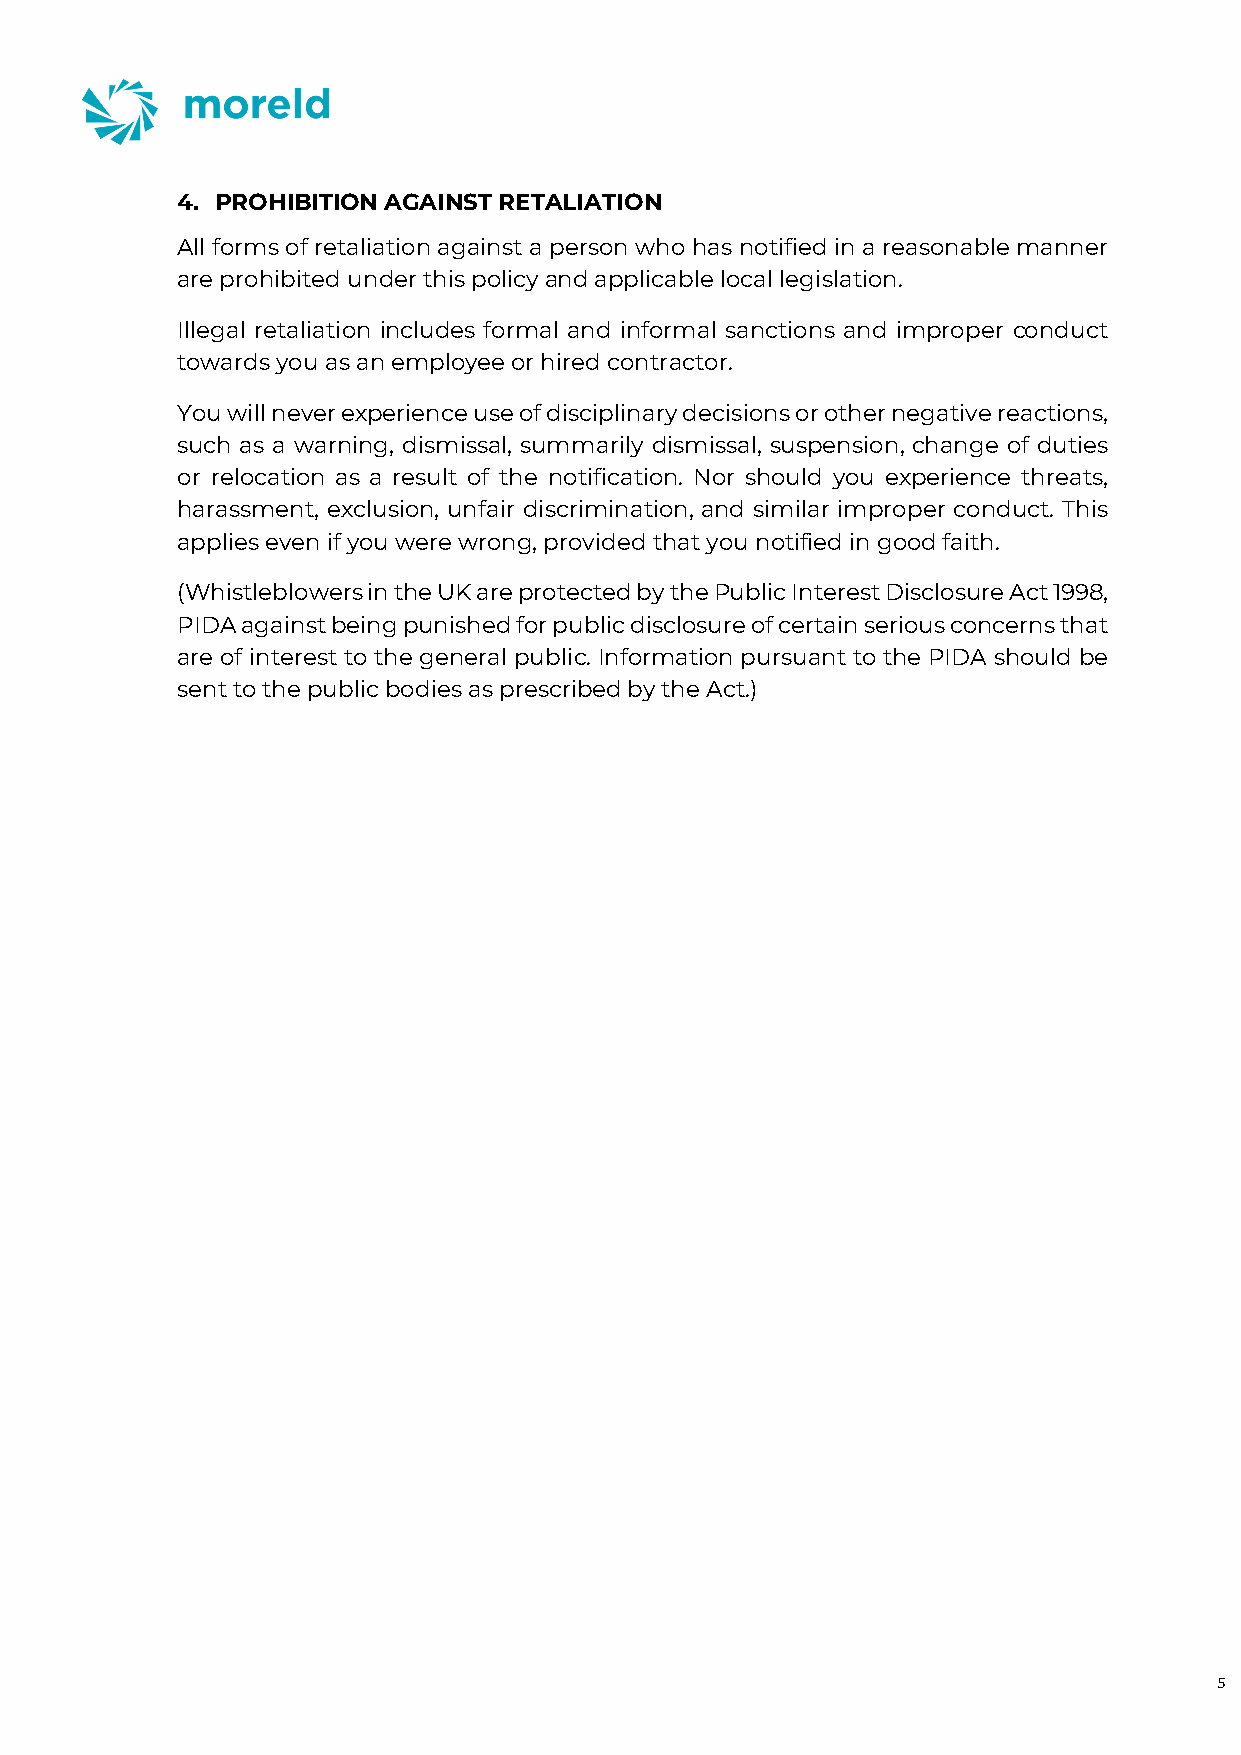
4. PROHIBITION AGAINST RETALIATION
 All forms of retaliation against a person who has notified in a reasonable manner
 are prohibited under this policy and applicable local legislation.
 Illegal retaliation includes formal and informal sanctions and improper conduct
 towards you as an employee or hired contractor.
 You will never experience use of disciplinary decisions or other negative reactions,
 such as a warning, dismissal, summarily dismissal, suspension, change of duties
 or relocation as a result of the notification. Nor should you experience threats,
 harassment, exclusion, unfair discrimination, and similar improper conduct. This
 applies even if you were wrong, provided that you notified in good faith.
 (Whistleblowers in the UK are protected by the Public Interest Disclosure Act 1998,
 PIDA against being punished for public disclosure of certain serious concerns that
 are of interest to the general public. Information pursuant to the PIDA should be
 sent to the public bodies as prescribed by the Act.)
 5